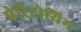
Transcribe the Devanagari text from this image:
पेरिटोयिम